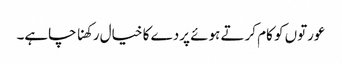
عورتوں کو کام کرتے ہوئے پردے کا خیال رکھنا چاہے۔